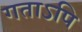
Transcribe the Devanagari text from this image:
गताऽपि